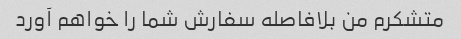
متشکرم من بلافاصله سفارش شما را خواهم آورد